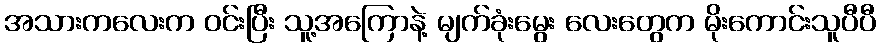
အသားကလေးက ဝင်းပြီး သူ့အကြောနဲ့ မျက်ခုံးမွေး လေးတွေက မိုးကောင်းသူပီပီ